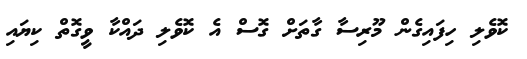
ކޮވެލި ހިފައިގެން މޫރިސާ ގާތަށް ގޮސް އެ ކޮވެލި ދައްކާ ވީގޮތް ކިޔައި